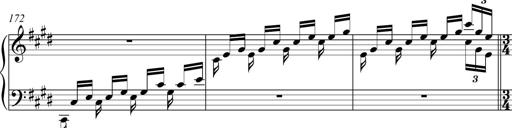
Title: Funeral March and Sonatina
Composer: Thomas Hellemans
Key: C-sharp minor